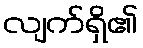
လျက်ရှိ၏